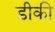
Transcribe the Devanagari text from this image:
डीकी